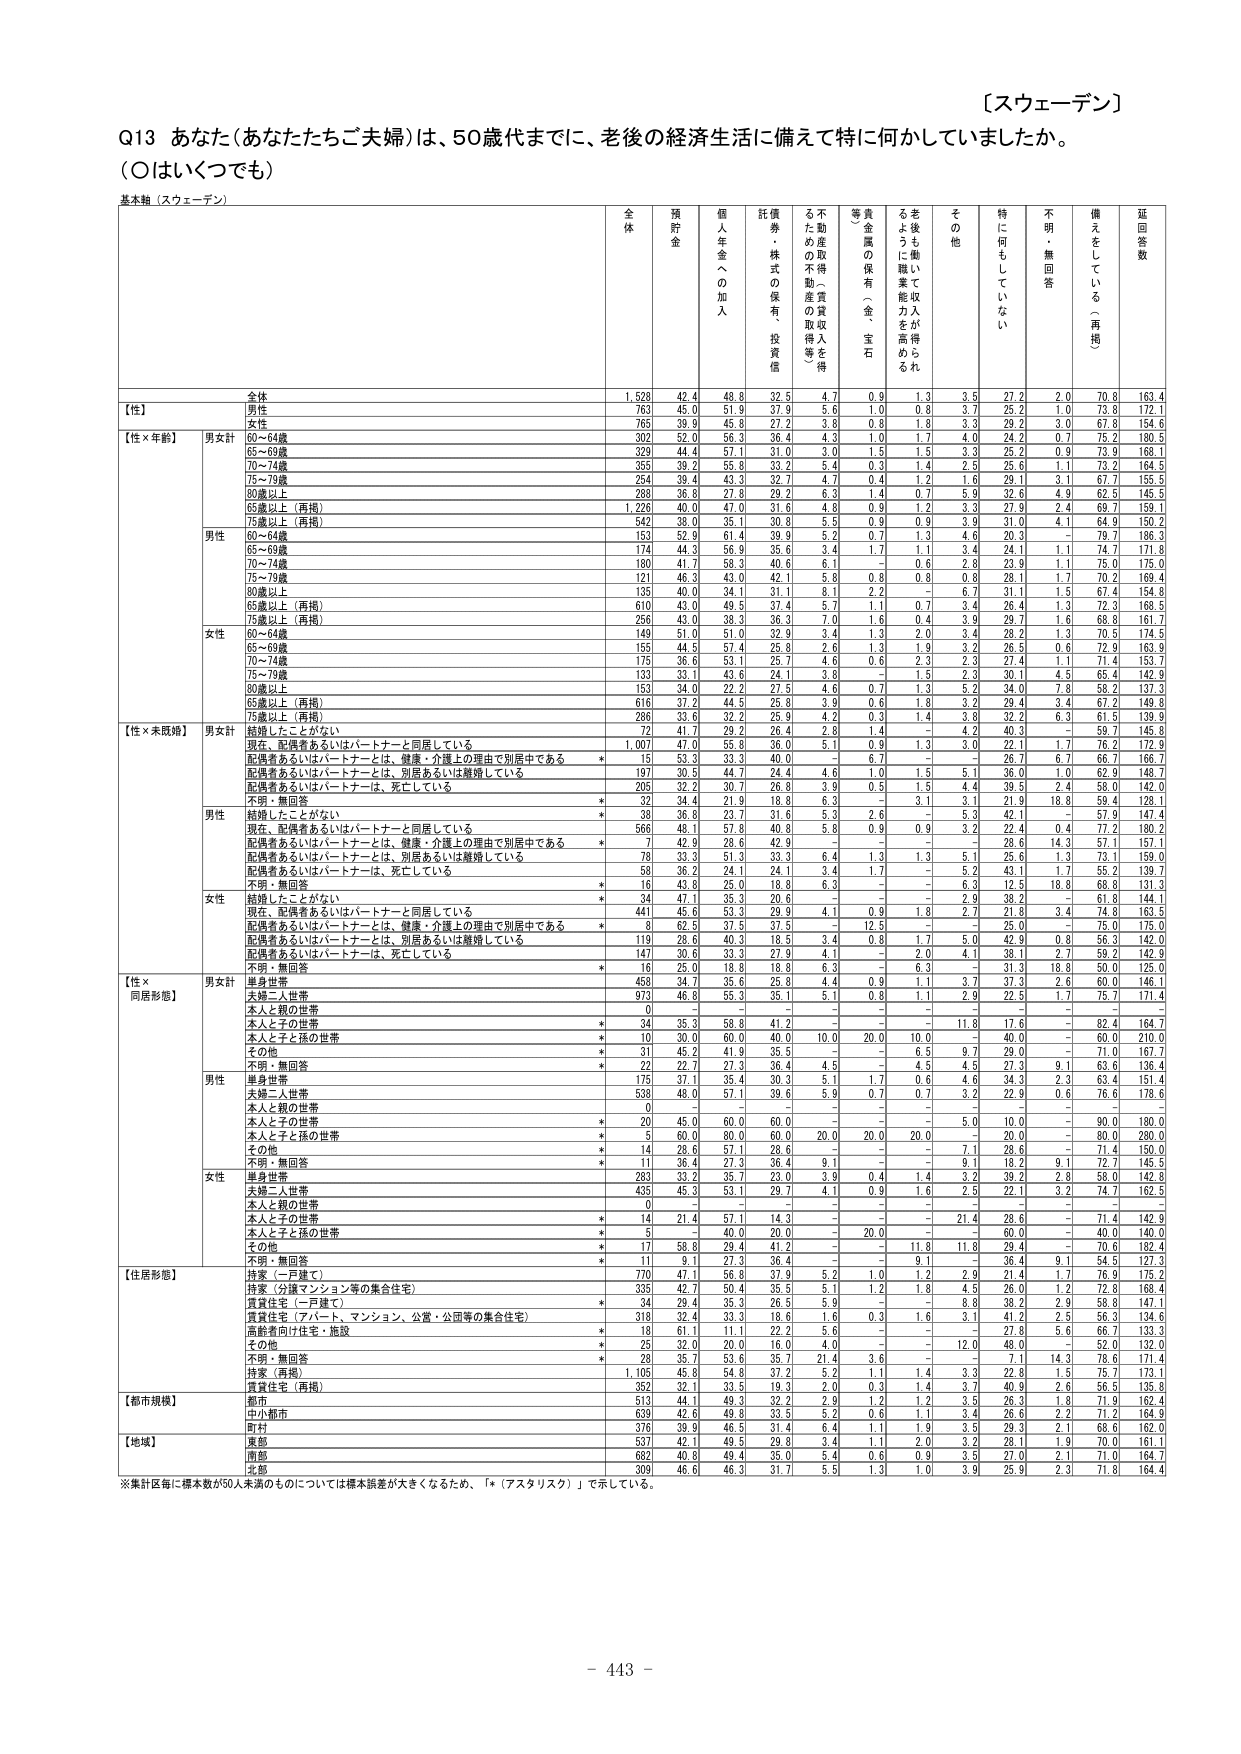
【スウェーデン】

Q13 あなた（あなたたちご夫婦）は、50歳代までに、老後の経済生活に備えて特に何かしていましたか。
（○はいくつでも）

基本軸（スウェーデン）

全体 預貯金 個人年金への加入 託債券・株式の保有・投資信託 不動産の取得（不動産取得人等を含む） 貴金属の保有（金・宝石等） 老後も働いて収入が得られるように職業能力を高める その他 特に何にもしていない 不明・無回答 備えをしている（再掲） 延回答数

【性】
全体 1,528 42.4 48.8 32.5 4.7 0.9 1.3 3.5 27.2 2.0 70.8 163.4
男性 763 45.0 51.9 37.9 5.6 1.0 0.8 3.7 25.2 1.0 73.8 172.1
女性 765 39.9 45.8 27.2 3.8 0.8 1.8 3.3 29.2 3.0 67.8 154.6

【性×年齢】
男女計
60～64歳 302 52.0 56.3 36.4 4.3 1.0 1.7 4.0 24.2 0.7 75.2 180.5
65～69歳 329 44.4 57.1 31.0 3.0 1.5 1.5 3.3 25.2 0.9 73.9 168.1
70～74歳 355 39.2 55.8 33.2 5.4 0.3 1.4 2.5 25.6 1.1 73.2 164.5
75～79歳 234 39.4 43.3 32.7 4.7 0.4 1.2 1.6 29.1 3.1 67.7 155.5
80歳以上 280 36.8 27.8 29.2 6.3 1.4 0.7 5.9 32.6 4.8 62.5 145.5
65歳以上（再掲） 1,226 40.0 47.0 31.6 4.8 0.9 1.2 3.3 27.9 2.4 69.7 159.1
75歳以上（再掲） 542 38.0 35.1 30.8 5.5 0.9 0.9 3.9 31.0 4.1 64.9 150.2

男性
60～64歳 153 52.9 61.4 39.9 5.2 0.7 1.3 4.6 20.3 - 79.7 186.3
65～69歳 174 44.3 56.9 35.6 3.4 1.7 1.1 3.4 24.1 1.1 74.7 171.8
70～74歳 180 41.7 58.3 40.6 6.1 - 0.6 2.8 23.9 1.1 75.0 175.0
75～79歳 121 46.3 43.0 42.1 5.8 0.8 0.8 0.8 28.1 1.7 70.2 169.4
80歳以上 135 40.0 34.1 31.1 8.1 2.2 - 6.7 31.1 1.5 67.4 154.8
65歳以上（再掲） 610 43.0 49.5 37.4 5.7 1.1 0.7 3.4 26.4 1.3 72.3 168.5
75歳以上（再掲） 256 43.0 38.3 36.3 7.0 1.6 0.4 3.9 29.7 1.6 68.8 161.7

女性
60～64歳 149 51.0 51.0 32.9 3.4 1.3 2.0 3.4 28.2 1.3 70.5 174.5
65～69歳 155 44.5 57.4 25.8 2.6 1.3 1.9 3.2 26.5 0.6 72.9 163.9
70～74歳 175 36.6 53.1 25.7 4.6 0.6 2.3 2.3 27.4 1.1 71.4 153.7
75～79歳 133 33.1 43.6 24.1 3.8 - 1.5 2.3 30.1 4.5 65.4 142.9
80歳以上 153 34.0 22.2 27.5 4.6 0.7 1.3 5.2 34.0 7.8 58.2 137.3
65歳以上（再掲） 616 37.2 44.5 25.8 3.9 0.6 1.8 3.2 29.4 3.4 67.2 149.8
75歳以上（再掲） 286 33.6 32.2 25.9 4.2 0.3 1.4 3.8 32.2 6.3 61.5 139.9

【性×未婚婚】
男女計
結婚したことがない 72 41.7 29.2 26.4 2.8 1.4 - 4.2 40.3 - 59.7 145.8
現在、配偶者あるいはパートナーと同居している 1,007 47.0 55.8 36.0 5.1 0.9 1.3 3.0 22.1 1.7 76.2 172.9
配偶者あるいはパートナーとは、健康・介護上の理由で別居中である * 15 53.3 33.3 40.0 - 6.7 - - 26.7 6.7 66.7 166.7
配偶者あるいはパートナーとは、別居あるいは離婚している 197 30.5 44.7 24.4 4.6 1.0 1.5 5.1 36.0 1.0 62.9 148.7
配偶者あるいはパートナーは、死亡している 205 32.2 30.7 26.8 3.9 0.5 1.5 4.4 39.5 2.4 58.0 142.0
不明・無回答 * 32 34.4 21.9 18.8 6.3 - 3.1 3.1 21.9 18.8 59.4 128.1

男性
結婚したことがない * 38 36.8 23.7 31.6 5.3 2.6 - 5.3 42.1 - 57.9 147.4
現在、配偶者あるいはパートナーと同居している 566 48.1 57.8 40.8 5.8 0.9 0.9 3.2 22.4 0.4 77.2 180.2
配偶者あるいはパートナーとは、健康・介護上の理由で別居中である * 7 42.9 28.6 42.9 - - - - 28.6 14.3 57.1 157.1
配偶者あるいはパートナーとは、別居あるいは離婚している 78 33.3 51.3 33.3 6.4 1.3 1.3 5.1 25.6 1.3 73.1 159.0
配偶者あるいはパートナーは、死亡している 58 36.2 24.1 24.1 3.4 1.7 - 5.2 43.1 1.7 55.2 139.7
不明・無回答 * 16 43.8 25.0 18.8 6.3 - - 6.3 12.5 18.8 68.8 131.3

女性
結婚したことがない * 34 47.1 35.3 20.6 - - - 2.9 38.2 - 61.8 144.1
現在、配偶者あるいはパートナーと同居している 441 45.6 53.3 29.9 4.1 0.9 1.8 2.7 21.8 3.4 74.8 163.5
配偶者あるいはパートナーとは、健康・介護上の理由で別居中である * 8 62.5 37.5 37.5 - 12.5 - - 25.0 - 75.0 175.0
配偶者あるいはパートナーとは、別居あるいは離婚している 119 28.6 40.3 15.5 3.4 0.8 1.7 5.0 42.8 0.8 56.3 142.0
配偶者あるいはパートナーは、死亡している 147 30.6 33.3 27.9 4.1 - 2.0 4.1 38.1 2.7 59.2 142.9
不明・無回答 * 16 25.0 18.8 18.8 6.3 - 6.3 - 31.3 18.8 50.0 125.0

【性×同居形態】
男女計
単身世帯 458 34.7 35.6 25.8 4.4 0.9 1.1 3.7 37.3 2.6 60.0 146.1
夫婦二人世帯 973 46.8 55.3 35.1 5.1 0.8 1.1 2.9 22.5 1.7 75.7 171.4
本人と親の世帯 0 - - - - - - - - - - -
本人と子の世帯 * 34 35.3 58.8 41.2 - - - 11.8 17.6 - 82.4 164.7
本人と子と孫の世帯 * 10 30.0 60.0 40.0 10.0 20.0 10.0 - 40.0 - 60.0 210.0
その他 * 31 45.2 41.9 35.5 - - 6.5 9.7 29.0 - 71.0 167.7
不明・無回答 * 22 27.7 27.3 36.4 4.5 - 4.5 4.5 27.3 9.1 63.6 136.4

男性
単身世帯 175 37.1 35.4 30.3 5.1 1.7 0.6 4.6 34.3 2.3 63.4 151.4
夫婦二人世帯 538 48.0 57.1 39.6 5.9 0.7 0.7 3.2 22.9 0.6 76.6 178.6
本人と親の世帯 0 - - - - - - - - - - -
本人と子の世帯 * 20 45.0 60.0 60.0 - - - 5.0 10.0 - 90.0 180.0
本人と子と孫の世帯 * 5 60.0 80.0 60.0 20.0 20.0 20.0 - 20.0 - 80.0 280.0
その他 * 14 28.6 57.1 28.6 - - - - 28.6 - 71.4 150.0
不明・無回答 * 11 36.4 27.3 36.4 9.1 - - 9.1 18.2 9.1 72.7 145.5

女性
単身世帯 283 33.2 35.7 23.0 3.9 0.4 1.4 3.2 39.2 2.8 58.0 142.8
夫婦二人世帯 435 45.3 53.1 29.7 4.1 0.9 1.6 2.5 22.1 3.2 74.7 162.5
本人と親の世帯 0 - - - - - - - - - - -
本人と子の世帯 * 14 21.4 57.1 14.3 - - - 21.4 28.6 - 71.4 142.9
本人と子と孫の世帯 * 5 - 40.0 20.0 - 20.0 - - 60.0 - 40.0 140.0
その他 * 17 58.8 29.4 41.2 - - 11.8 11.8 29.4 - 70.6 182.4
不明・無回答 * 11 9.1 27.3 36.4 - - 9.1 - 36.4 9.1 54.5 127.3

【住居形態】
持家（一戸建て） 770 47.1 56.8 37.9 5.2 1.0 1.2 2.9 21.4 1.7 76.9 175.2
持家（分譲マンション等の集合住宅） 335 42.7 50.4 35.5 5.1 1.2 1.8 4.5 26.0 1.2 72.8 168.4
賃貸住宅（一戸建て） * 34 29.4 35.3 26.5 5.9 - - 8.8 38.2 2.9 58.8 147.1
賃貸住宅（アパート、マンション、公営・公団等の集合住宅） 318 32.4 33.3 18.6 1.6 0.3 1.6 3.1 41.2 2.5 56.3 134.6
高齢者向け住宅・施設 * 18 61.1 11.1 22.2 5.6 - - - 27.8 5.6 66.7 133.3
その他 * 25 32.0 20.0 16.0 4.0 - - 12.0 48.0 - 52.0 132.0
不明・無回答 * 28 35.7 53.6 35.7 21.4 3.6 - - 7.1 14.3 78.6 171.4
持家（再掲） 1,105 45.8 54.8 37.2 5.2 1.1 1.4 3.3 22.8 1.5 75.7 173.1
賃貸住宅（再掲） 352 32.1 33.5 19.3 2.0 0.3 1.4 3.7 40.8 2.6 56.5 135.8

【都市規模】
都市 513 44.1 49.3 32.2 2.9 1.2 1.2 3.5 26.3 1.8 71.9 162.4
中小都市 639 42.6 49.8 33.5 5.2 0.6 1.1 3.4 26.6 2.2 71.2 164.9
町村 376 39.9 46.5 31.4 6.4 1.1 1.9 3.5 29.3 2.1 68.6 162.0

【地域】
東部 537 42.1 49.5 29.8 3.4 1.1 2.0 3.2 28.1 1.9 70.0 161.1
南部 682 40.8 49.4 35.0 5.4 0.6 0.9 3.5 27.0 2.1 71.0 164.7
北部 309 46.6 46.3 31.7 5.5 1.3 1.0 3.9 25.9 2.3 71.8 164.4

※集計区毎に標本数が50人未満のものについては標本誤差が大きくなるため、「*（アスタリスク）」で示している。

- 443 -